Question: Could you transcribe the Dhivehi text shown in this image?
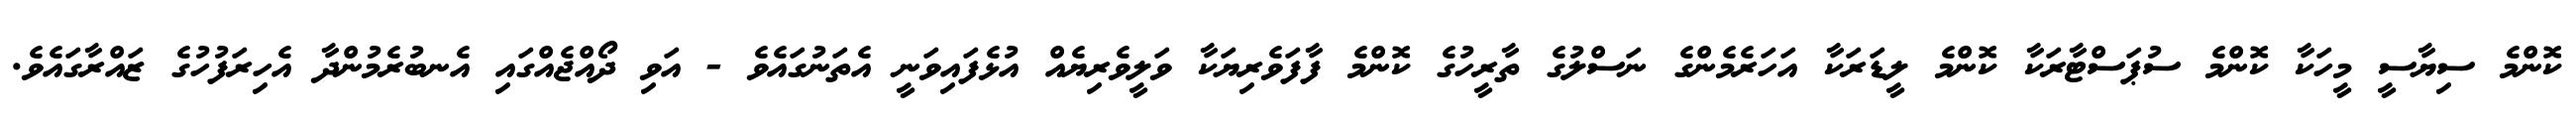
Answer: ކޮންމެ ސިޔާސީ މީހަކާ ކޮންމެ ސުޕަސްޓާރަކާ ކޮންމެ ލީޑަރަކާ އަހަރެމެންގެ ނަސްލުގެ ތާރީހުގެ ކޮންމެ ފާފަވެރިޔަކާ ވަލީވެރިޔެއް އުޅެފައިވަނީ އެތަނުގައެވެ - އަވި ދޯއްޖެއްގައި އެނބުރެމުންދާ އެހިރަފުހުގެ ޒައްރާގައެވެ.